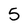
Character: 5